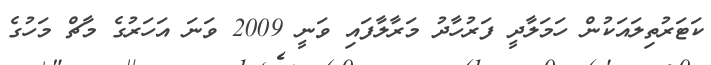
ކަޓަރުތިލައަކުން ހަމަލާދީ ފަރުހާދު މަރާލާފައި ވަނީ 2009 ވަނަ އަހަރުގެ މާޗް މަހުގެ